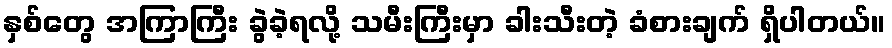
နှစ်တွေ အကြာကြီး ခွဲခဲ့ရလို့ သမီးကြီးမှာ ခါးသီးတဲ့ ခံစားချက် ရှိပါတယ်။